Annual report of the Imperial Bacteriological Laboratory, Muktesar
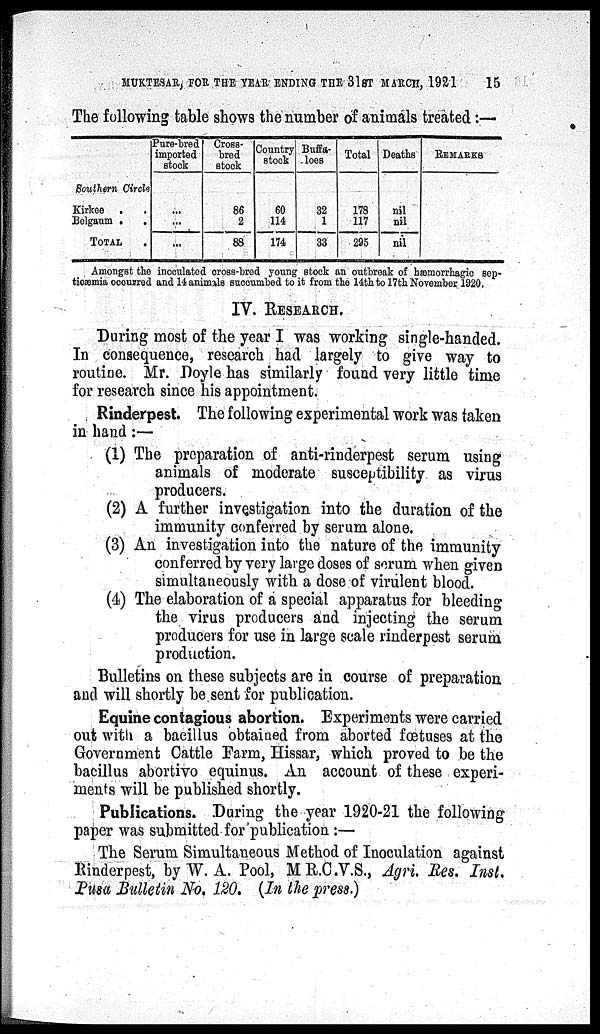
MUKTESAR, FOR THE YEAR ENDING THE 31ST MARCH, 1921 15
The following table shows the number of animals treated :—
Southern Circle
Kirkee . .
Belgaum . .
TOTAL .
Pure-bred
imported
stock
...
...
...
Cross¬
bred
stock
86
2
88
Country
stock
60
114
174
Buffa¬
loes
32
1
33
Total
178
117
295
Deaths
nil
nil
nil
REMARKS
Amongst the inoculated cross-bred young stock an outbreak of hæmorrhagic sep¬
ticæmia occurred and 14 animals succumbed to it from the 14th to 17th November 1920.
IV. RESEARCH.
During most of the year I was working single-handed.
In consequence, research had largely to give way to
routine. Mr. Doyle has similarly found very little time
for research since his appointment.
Rinderpest. The following experimental work was taken
in hand :—
(1) The preparation of anti-rinderpest serum using
animals of moderate susceptibility as virus
producers.
(2) A further investigation into the duration of the
immunity conferred by serum alone.
(3) An investigation into the nature of the immunity
conferred by very large doses of serum when given
simultaneously with a dose of virulent blood.
(4) The elaboration of a special apparatus for bleeding
the virus producers and injecting the serum
producers for use in large scale rinderpest serum
production.
Bulletins on these subjects are in course of preparation
and will shortly be sent for publication.
Equine contagious abortion. Experiments were carried
out with a bacillus obtained from aborted fœtuses at the
Government Cattle Farm, Hissar, which proved to be the
bacillus abortivo equinus. An account of these experi-
ments will be published shortly.
Publications. During the year 1920-21 the following
paper was submitted for publication :—
The Serum Simultaneous Method of Inoculation against
Rinderpest, by W. A. Pool, M.R.C.V.S., Agri. Res. Inst.
Pusa Bulletin No. 120. (In the press.)